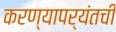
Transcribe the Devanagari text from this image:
करण्यापर्यंतची